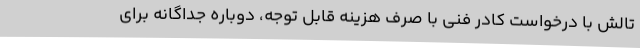
تالش با درخواست کادر فنی با صرف هزینه قابل توجه، دوباره جداگانه برای